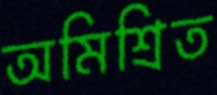
অমিশ্রিত